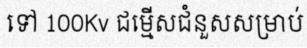
ទៅ 100Kv ជម្មើសជំនួសសម្រាប់